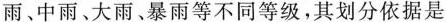
雨、中雨、大雨、暴雨等不同等级，其划分依据是